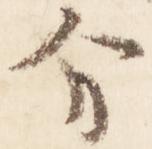
分